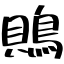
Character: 鵙